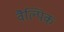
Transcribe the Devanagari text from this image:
वैल्पिक